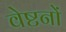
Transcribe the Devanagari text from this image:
वेष्टनों